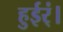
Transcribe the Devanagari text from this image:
हुईर्ं।